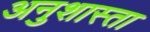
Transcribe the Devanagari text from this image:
अनुशास्ता